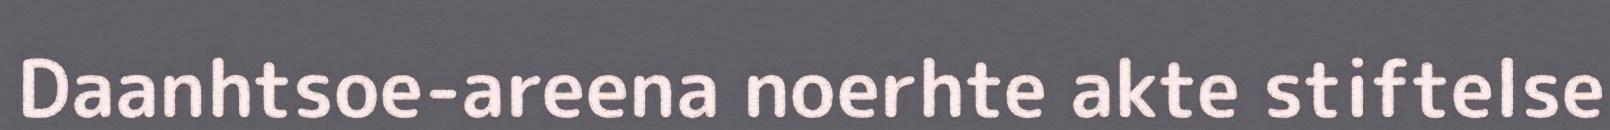
Daanhtsoe-areena noerhte akte stiftelse